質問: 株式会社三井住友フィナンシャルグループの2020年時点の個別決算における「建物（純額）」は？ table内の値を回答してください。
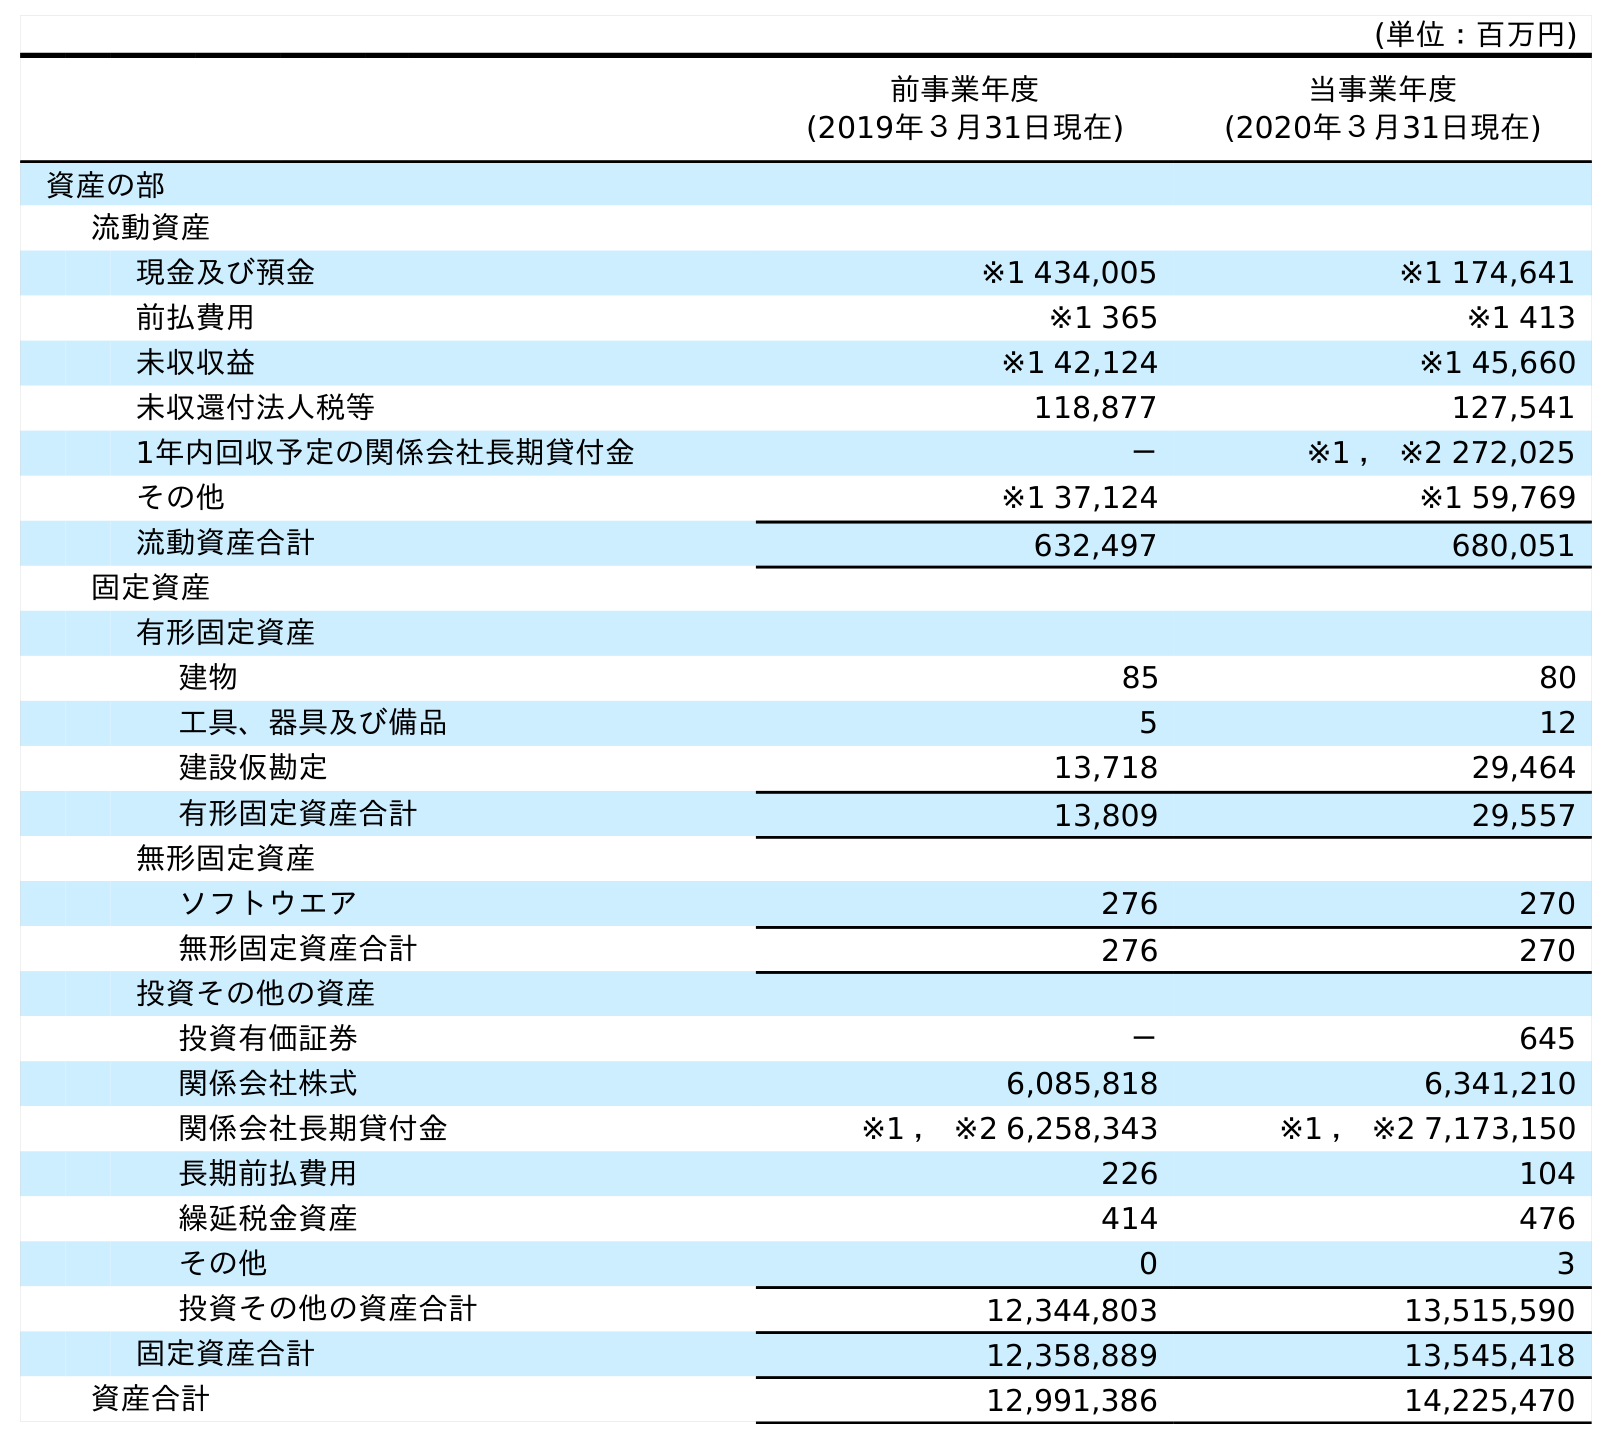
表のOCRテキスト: (単位：百万円) 前事業年度 (2019年３月31日現在) 当事業年度 (2020年３月31日現在) 資産の部 流動資産 現金及び預金 ※1 434,005 ※1 174,641 前払費用 ※1 365 ※1 413 未収収益 ※1 42,124 ※1 45,660 未収還付法人税等 118,877 127,541 1年内回収予定の関係会社長期貸付金 － ※1 ， ※2 272,025 その他 ※1 37,124 ※1 59,769 流動資産合計 632,497 680,051 固定資産 有形固定資産 建物 85 80 工具、器具及び備品 5 12 建設仮勘定 13,718 29,464 有形固定資産合計 13,809 29,557 無形固定資産 ソフトウエア 276 270 無形固定資産合計 276 270 投資その他の資産 投資有価証券 － 645 関係会社株式 6,085,818 6,341,210 関係会社長期貸付金 ※1 ， ※2 6,258,343 ※1 ， ※2 7,173,150 長期前払費用 226 104 繰延税金資産 414 476 その他 0 3 投資その他の資産合計 12,344,803 13,515,590 固定資産合計 12,358,889 13,545,418 資産合計 12,991,386 14,225,470
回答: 80